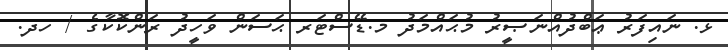
ޅ. ނައިފަރު ޢަބްދުއްނަޞީރު މުޙައްމަދު މ.ޑޭސްޓަރ ޙަސަން ވަހީދު ރަންކޮކާގެ / ހދ.